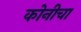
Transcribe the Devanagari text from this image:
कोनीचा